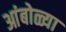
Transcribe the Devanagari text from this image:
आंबोळ्या